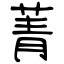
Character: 菁